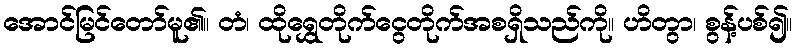
အောင်မြင်တော်မူ၏။ တံ၊ ထိုရွှေတိုက်ငွေတိုက်အစရှိသည်ကို။ ဟိတွာ၊ စွန့်ပစ်၍။